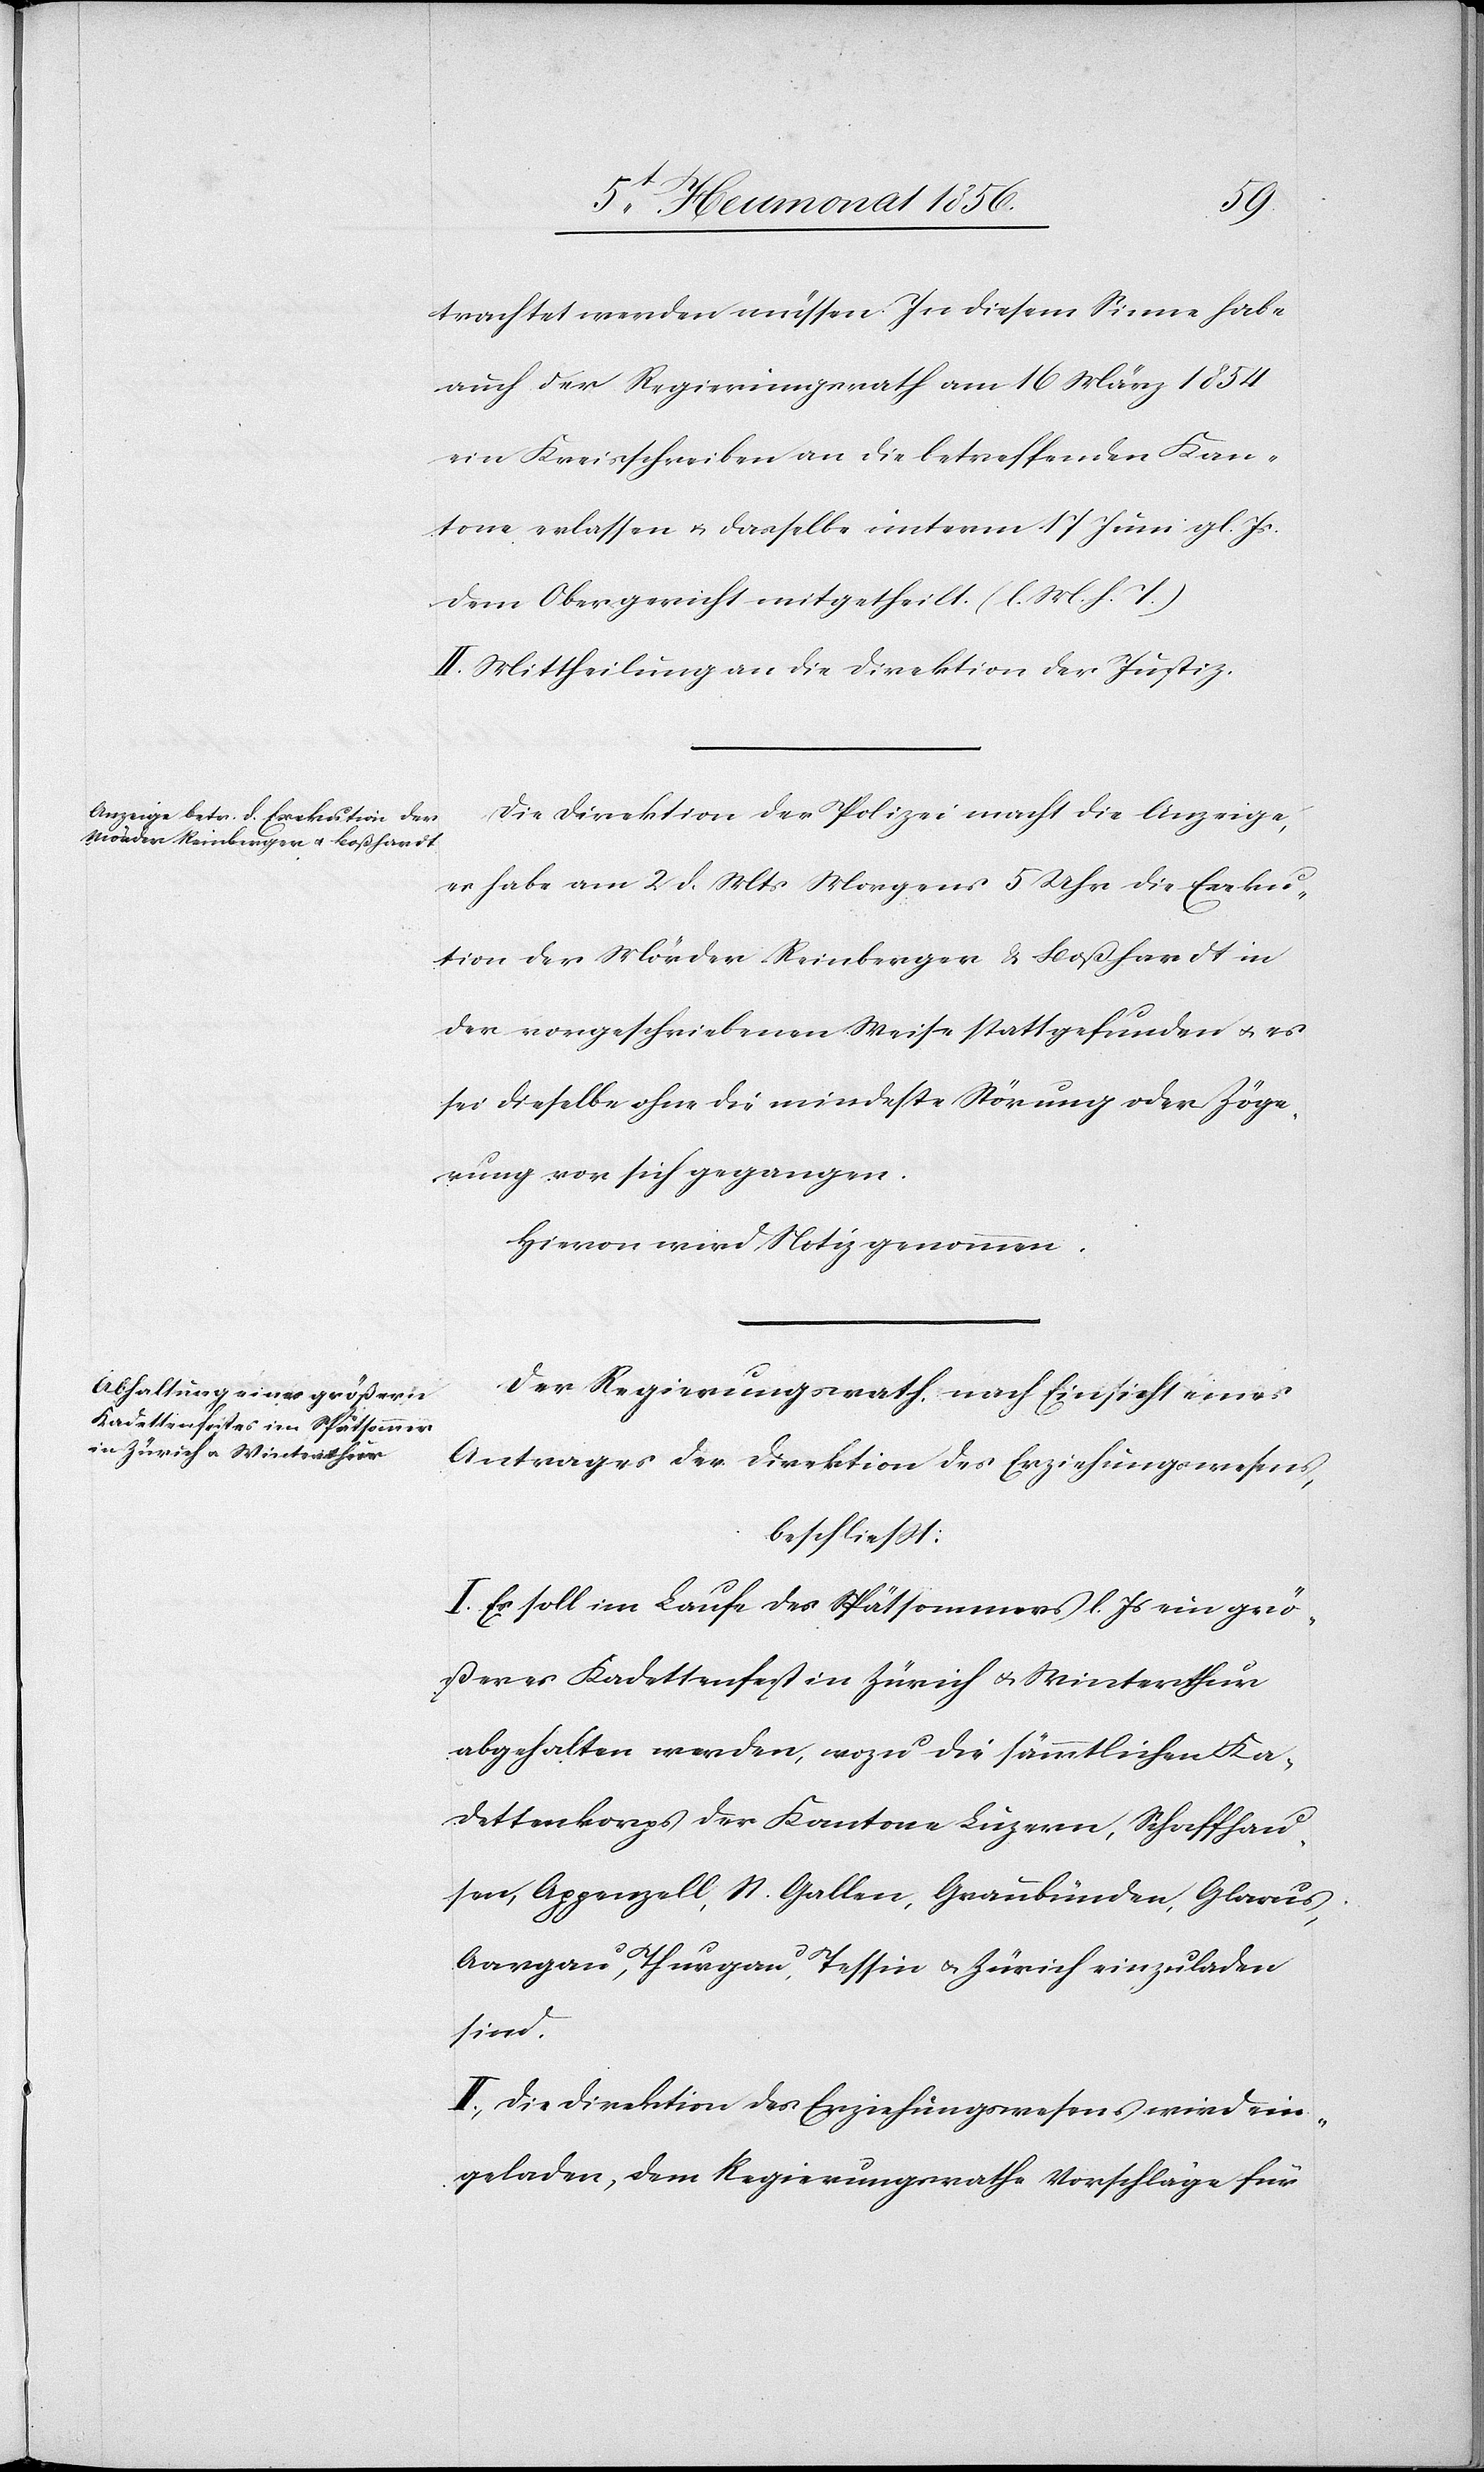
trachtet werden müssen. In diesem Sinne habe
auch der Regierungsrath am 16 März 1854
ein Kreisschreiben an die betreffenden Kan¬
tone erlassen u. dasselbe unterm 17 Juni gl. Js.
dem Obergericht mitgetheilt. (l. M. h. T.)
II. Mittheilung an die Direktion der Justiz.
Die Direktion der Polizei macht die Anzeige,
es habe am 2 d. Mts Morgens 5 Uhr die Exeku¬
tion der Mörder Reinberger & Boßhardt in
der vorgeschriebenen Weise stattgefunden u. es
sei dieselbe ohne die mindeste Störung oder Zöge¬
rung vor sich gegangen.
Hievon wird Notiz genommen.
Der Regierungsrath nach Einsicht eines
Antrages der Direktion des Erziehungswesens,
beschliesst:
I. Es soll im Laufe des Spätsommers l. Js ein grö¬
ßeres Kadettenfest in Zürich u. Winterthur
abgehalten werden, wozu die sämmtlichen Ka¬
dettenkorps der Kantone Luzern, Schaffhau¬
sen, Appenzell, St. Gallen, Graubünden, Glarus,
Aargau, Thurgau, Tessin u. Zürich einzuladen
sind.
II. Die Direktion des Erziehungswesens wird ein¬
geladen, dem Regierungsrathe Vorschläge für